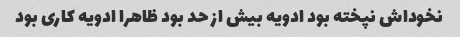
نخوداش نپخته بود ادویه بیش از حد بود ظاهرا ادویه کاری بود